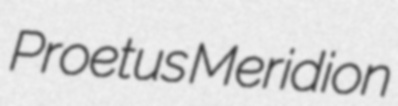
Proetus Meridion